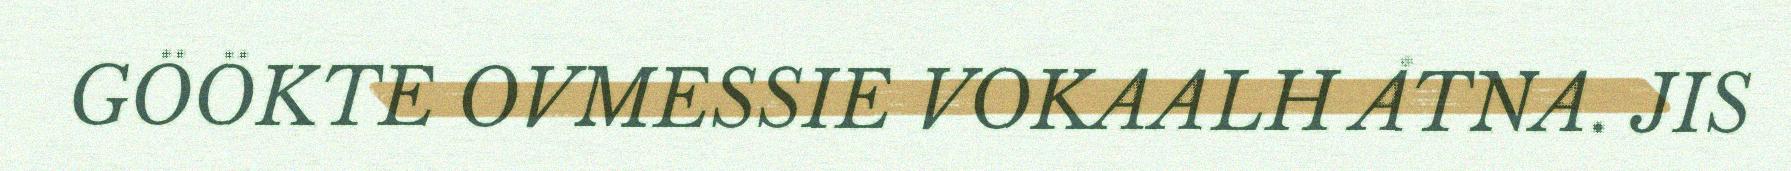
GÖÖKTE OVMESSIE VOKAALH ÅTNA. JIS